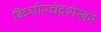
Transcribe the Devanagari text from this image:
किशोरचंद्रशेखरे